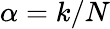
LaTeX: \alpha=k/N